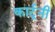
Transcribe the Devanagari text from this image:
कार्टूनी